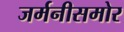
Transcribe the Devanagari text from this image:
जर्मनीसमोर